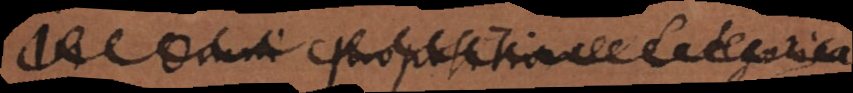
In omni Propositione Categorica